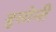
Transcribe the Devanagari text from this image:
बुसोनी